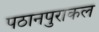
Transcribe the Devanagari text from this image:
पठानपुराकल